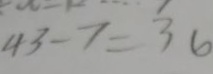
4 3 - 7 = 3 6